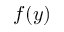
f ( y )